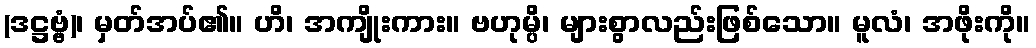
(ဒဋ္ဌဗ္ဗံ)၊ မှတ်အပ်၏။ ဟိ၊ အကျိုးကား။ ဗဟုမ္ပိ၊ များစွာလည်းဖြစ်သော။ မူလံ၊ အဖိုးကို။